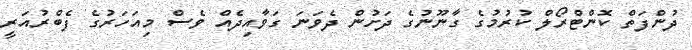
ދުންފަތް ކޮންޓްރޯލް ކުރުމުގެ ގާނޫނުގެ ދަށުން ދެވަނަ ގަވާއިދެއް ވެސް މިއަހަރުގެ ފެބްރުއަރީ